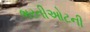
ભરતીઓટની